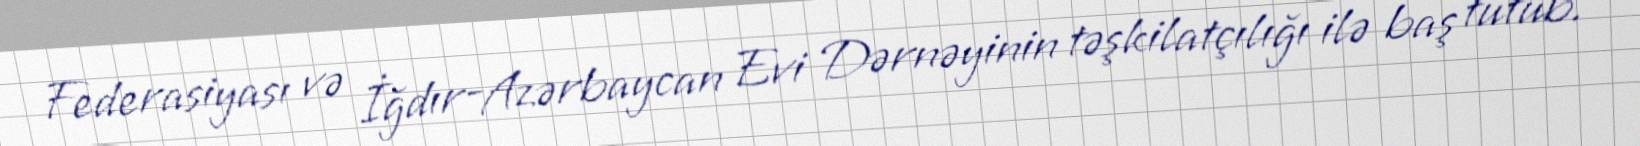
Federasiyası və İğdır-Azərbaycan Evi Dərnəyinin təşkilatçılığı ilə baş tutub.